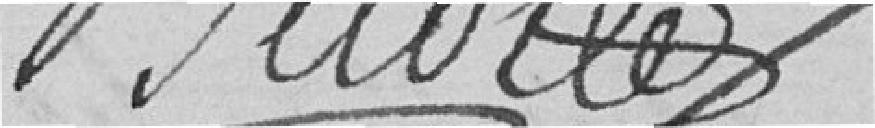
BELOTTE ??